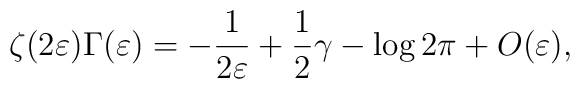
\zeta (2\varepsilon)\Gamma   (\varepsilon)=-\frac1{2\varepsilon}+\frac12\gamma- \log   2\pi   +O(\varepsilon),